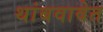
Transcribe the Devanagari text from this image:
थांबवावेत